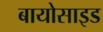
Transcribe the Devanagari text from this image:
बायोसाइड